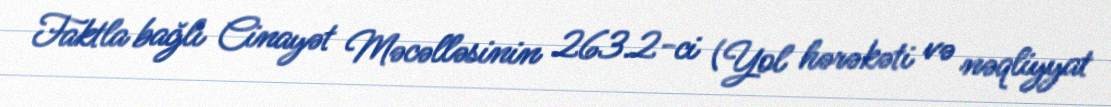
Faktla bağlı Cinayət Məcəlləsinin 263.2-ci (Yol hərəkəti və nəqliyyat